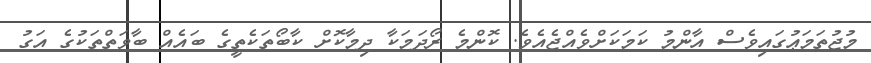
މުޖުތަމަޢުގައިވެސް އާންމު ކަމަކަށްވެއްޖެއެވެ. ކޮންމެ ރޯދަމަކާ ދިމާކޮށް ކާބޯތަކެތީގެ ބައެއް ބާވަތްތަކުގެ އަގު